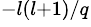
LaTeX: ^{-l(l+1)/q}